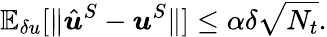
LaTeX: \mathbb{E}_{\delta u}[\| \hat{\boldsymbol{u}}^{S}-\boldsymbol{u}^{S}\| ]\le\alpha\delta\sqrt{N_{t}}.